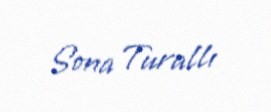
Sona Turallı